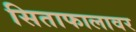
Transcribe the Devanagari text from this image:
सिताफालावर